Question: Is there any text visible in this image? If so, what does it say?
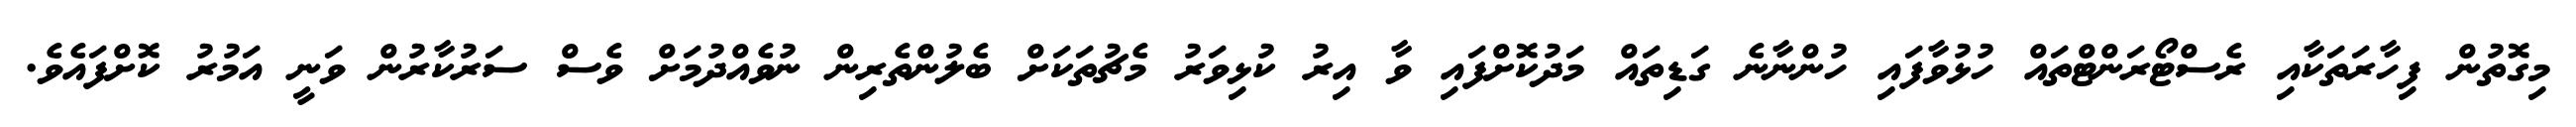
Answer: މިގޮތުން ފިހާރަތަކާއި ރެސްޓޯރަންޓްތައް ހުޅުވާފައި ހުންނާނެ ގަޑިތައް މަދުކޮށްފައި ވާ އިރު ކުޅިވަރު މެޗުތަކަށް ބެލުންތެރިން ނުވެއްދުމަށް ވެސް ސަރުކާރުން ވަނީ އަމުރު ކޮށްފައެވެ.